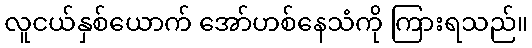
လူငယ်နှစ်ယောက် အော်ဟစ်နေသံကို ကြားရသည်။